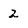
Character: 2